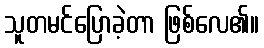
သူတမင်ပြောခဲ့တာ ဖြစ်လေ၏။